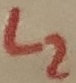
Text: L2